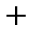
+